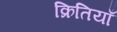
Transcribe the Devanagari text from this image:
क्रितियाँ